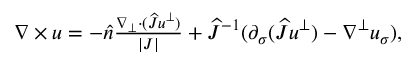
\begin{array} { r } { \nabla \times u = - \widehat { n } \frac { \nabla _ { \bot } \cdot ( \widehat { J } u ^ { \bot } ) } { | J | } + \widehat { J } ^ { - 1 } ( \partial _ { \sigma } ( \widehat { J } u ^ { \bot } ) - \nabla ^ { \bot } u _ { \sigma } ) , } \end{array}